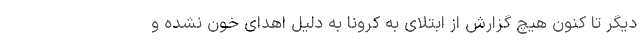
دیگر تا کنون هیچ گزارش از ابتلای به کرونا به دلیل اهدای خون نشده و